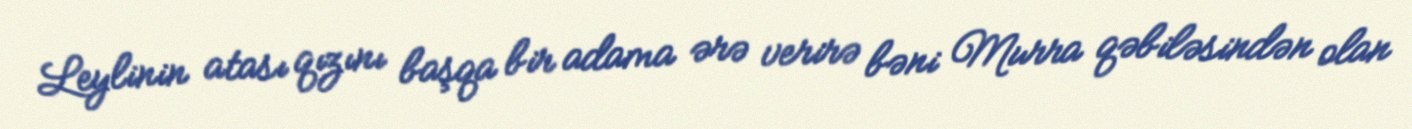
Leylinin atası qızını başqa bir adama ərə verirə bəni Murra qəbiləsindən olan